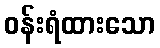
ဝန်းရံထားသော